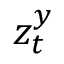
z _ { t } ^ { y }